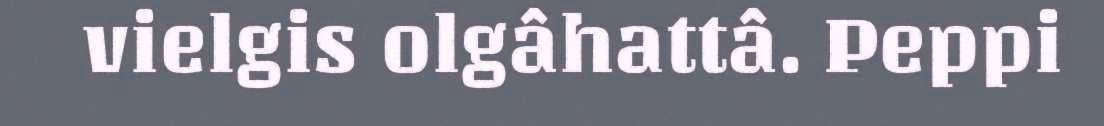
vielgis olgâhattâ. Peppi